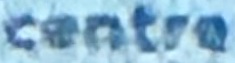
Centre